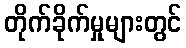
တိုက်ခိုက်မှုများတွင်